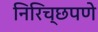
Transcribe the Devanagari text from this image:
निरिच्छपणे